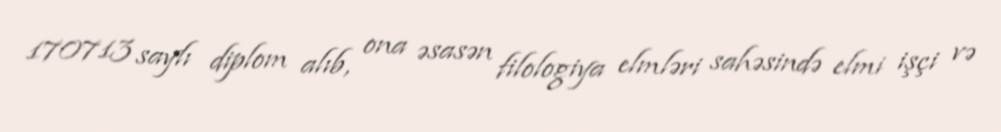
170713 saylı diplom alıb, ona əsasən filologiya elmləri sahəsində elmi işçi və